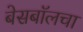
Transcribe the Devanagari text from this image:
बेसबॉलचा